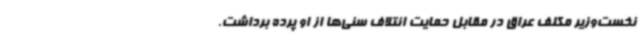
نخست‌وزیر مکلف عراق در مقابل حمایت ائتلاف سنی‌ها از او پرده برداشت.